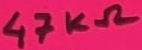
Text: 47KΩ